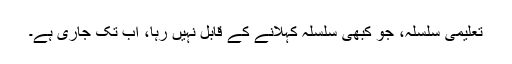
تعلیمی سلسلہ، جو کبھی سلسلہ کہلانے کے قابل نہیں رہا، اب تک جاری ہے۔